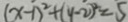
( x - 1 ) ^ { 2 } + ( y - 2 ) ^ { 2 } = 5